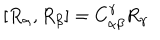
LaTeX: [ R _ { \alpha } , R _ { \beta } ] = C _ { \alpha \beta } ^ { \gamma } R _ { \gamma }